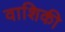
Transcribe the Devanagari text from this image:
वाशिकी